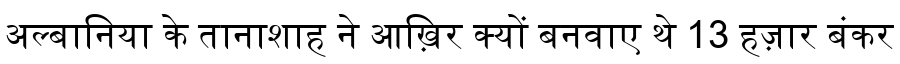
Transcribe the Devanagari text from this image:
अल्बानिया के तानाशाह ने आख़िर क्यों बनवाए थे 13 हज़ार बंकर